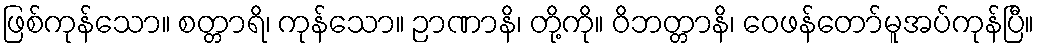
ဖြစ်ကုန်သော။ စတ္တာရိ၊ ကုန်သော။ ဉာဏာနိ၊ တို့ကို။ ဝိဘတ္တာနိ၊ ဝေဖန်တော်မူအပ်ကုန်ပြီ။